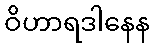
ဝိဟာရဒါနေန